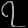
Digit: ၇